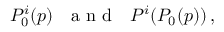
P _ { 0 } ^ { i } ( p ) \, \, \, \, \mathrm { ~ a ~ n ~ d ~ } \, \, \, \, P ^ { i } ( P _ { 0 } ( p ) ) \, ,